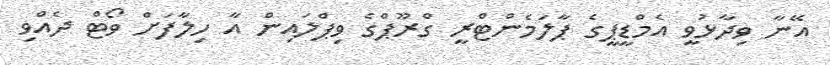
އޭނާ ވިދާޅުވީ އެމްޑީޕީގެ ޕާލަމެންޓްރީ ގްރޫޕްގެ ވިޕްލައިން އާ ހިލާފަށް ވޯޓް ދެއްވި